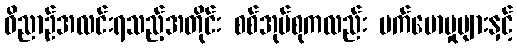
ဝိညာဉ်အလင်းရသည့်အတိုင်း စစ်အုပ်စုကလည်း မက်မောမှုများနှင့်